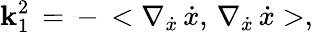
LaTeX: \mathbf{k}_{1}^{2}\, =\, -\, <\nabla_{\dot{{x}}}\, \dot{{x}},\, \nabla_{\dot{{x}}}\, \dot{{x}}>,